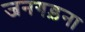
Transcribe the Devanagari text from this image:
जनगड़ना